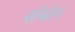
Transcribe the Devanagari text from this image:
सॉर्बान